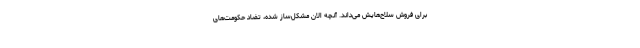
برای فروش سلاح‌هایش می‌داند. آنچه الان مشکل‌ساز شده، تضاد حکومت‌های